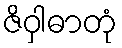
ဇိဝှါဓာတုံ